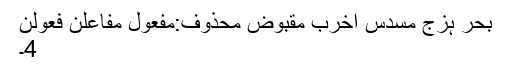
بحرِ ہزج مسدس اخرب مقبوض محذوف:مفعولُ مفاعلن فعولن
4۔